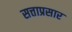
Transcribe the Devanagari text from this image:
सत्ताप्रसार